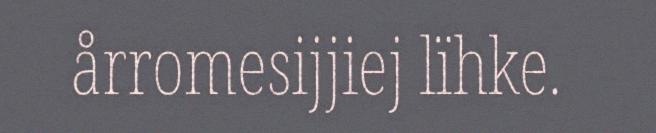
årromesijjiej lïhke.